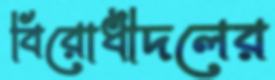
বিরোধীদলের